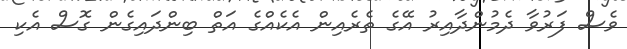
ވެސް ފަރުވާ ދެމުންދާއިރު އޭގެ ތެރެއިން އެކެއްގެ އަތް ބިންދައިގެން ގޮސް އެކި